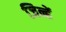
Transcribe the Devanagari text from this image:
जिन्हेें